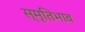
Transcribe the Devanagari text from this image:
स्मृतिभाव